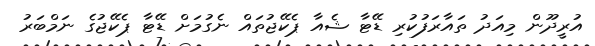
އުރީދޫން މިއަދު ތައާރަފުކުރި ޑޭޓާ ޝެއާ ޕެކޭޖުތައް ނެގުމަށް ޑޭޓާ ޕެކޭޖުގެ ނަމްބަރު